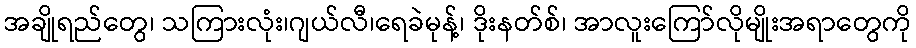
အချိုရည်တွေ၊ သကြားလုံး၊ဂျယ်လီ၊ရေခဲမုန့်၊ ဒိုးနတ်စ်၊ အာလူးကြော်လိုမျိုးအရာတွေကို